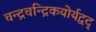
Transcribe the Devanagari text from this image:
चन्द्रचन्द्रिकयोर्यद्वद्